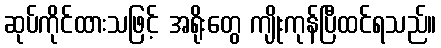
ဆုပ်ကိုင်ထားသဖြင့် အရိုးတွေ ကျိုးကုန်ပြီထင်ရသည်။